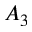
A _ { 3 }